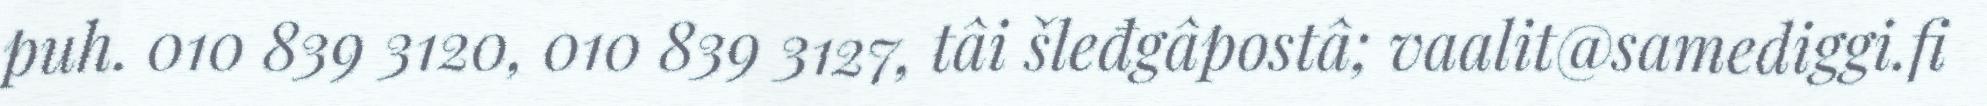
puh. 010 839 3120, 010 839 3127, tâi šleđgâpostâ; vaalit@samediggi.fi